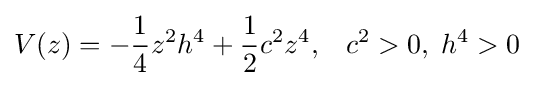
V(z)=-{\frac {1}{4}}z^{2}h^{4}+{\frac {1}{2}}c^{2}z^{4},\;\;\;c^{2}>0,\;h^{4}>0